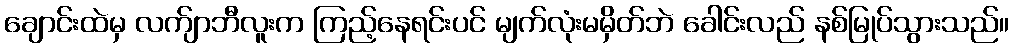
ချောင်းထဲမှ လက်ျာဘီလူးက ကြည့်နေရင်းပင် မျက်လုံးမမှိတ်ဘဲ ခေါင်းလည် နစ်မြုပ်သွားသည်။